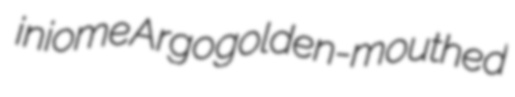
iniome Argo golden-mouthed